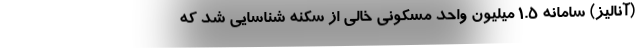
(آنالیز) سامانه ۱.۵ میلیون واحد مسکونی خالی از سکنه شناسایی شد که